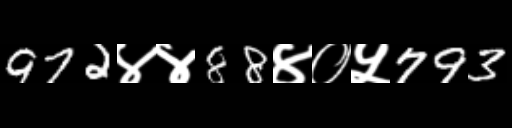
Text: 972४४88४०५793